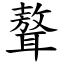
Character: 聱